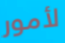
لأمور